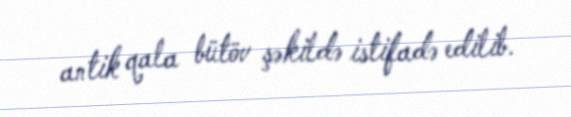
antik qala bütöv şəkildə istifadə edilib.